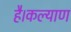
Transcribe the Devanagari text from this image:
है।कल्याण